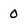
Character: 0